Distribution and causation of leprosy in British India
Year: 1875
Disease focus: Leprosy
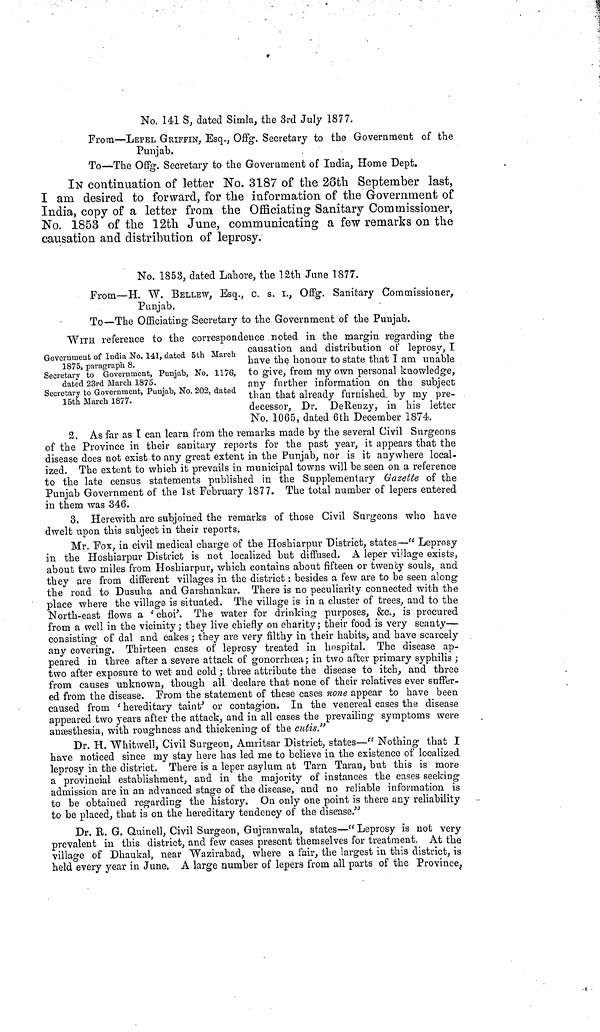
No. 141 S, dated Simla, the 3rd July 1877.
From—LEPEL GRIFFIN, Esq., Offg. Secretary to the Government of the
Punjab.
To—The Offg. Secretary to the Government of India, Home Dept.
IN continuation of letter No. 3187 of the 26tli September last,
I am desired to forward, for the information of the Government of
India, copy of a letter from the Officiating Sanitary Commissioner,
No. 1853 of the 12th June, communicating a few remarks on the
causation and distribution of leprosy.
No. 1853, dated Lahore, the 12th June 1877.
From—H. W. BELLEW, Esq., c. s. i., Offg. Sanitary Commissioner,
Punjab.
To—The Officiating Secretary to the Government of the Punjab.
Government of India No. 141, dated 5th March
1875, paragraph 8.
Secretary to Government, Punjab, No. 1176,
dated 23rd March 1875.
Secretary to Government, Punjab, No. 202, dated
15th March 1877.
WITH reference to the correspondence noted in the margin regarding· the
causation and distribution or leprosy, I
have the honour to state that I am unable
to give, from my own personal knowledge,
any further information on the subject
than that already furnished, by my pre-
decessor, Dr. DeRenzy, in his letter
No. 1065, dated 6th December 1874.
2. Asfar as I can learn from the remarks made by the several Civil Surgeons
of the Province in their sanitary reports for the past year, it appears that the
disease does not exist to any great extent in the Punjab, nor is it anywhere local-
ized. The extent to which it prevails in municipal towns will be seen on a reference
to the late census statements published in the Supplementary Gazette of the
Punjab Government of the 1st February 1877. The total number of lepers entered
in them was 346.
3. Herewith are subjoined the remarks of those Civil Surgeons who have
dwelt upon this subject in their reports.
Mr. Fox, in civil medical charge of the Hoshiarpur District, states—" Leprosy
in the Hoshiarpuv District is not localized but diffused. A leper village exists,
about two miles from Hoshiarpur, which contains about fifteen or twenty souls, and
they are from different villages in the district : besides a few are to be seen along
the road to Dusuha and Garshankar. There is no peculiarity connected with the
place where the village is situated. The village is in a cluster of trees, and to the
North-east flows a { chor*. The water for drinking 1 purposes, &c., is procured
from a well in the vicinity ; they live chiefly on charity j their food is very scanty—
consisting of dal and cakes ; they are very filthy in their habits, and have scarcely
any covering. Thirteen cases of leprosy treated in hospital. The disease ap-
peared in three after a severe attack of gonorrhoea ; in two after primary syphilis ;
two after exposure to wet and cold ; three attribute the disease to itch, and three
from causes unknown, though all declare that none of their relatives ever suffer-
ed from the disease. From the statement of these cases none appear to have been
caused from ( hereditary taint' or contagion. In the venereal cases the disease
appeared two years after the attack, and in all cases the prevailing symptoms were
anaesthesia, with roughness and thickening of the cutis"
Dr. H. Whitwell, Civil Surgeon, Amritsar District, states—" Nothing that I
have noticed since nay stay here has led me to believe in the existence of localized
leprosy in the district. There is a leper asylum at Tarn Taran, but this is more
a provincial establishment, and in the majority of instances the cases seeking
admission are in an advanced stage of the disease, and no reliable information is
to be obtained regarding the history. On only one point is there any reliability
to be placed, that is on the hereditary tendency of the disease."
Dr. B. G. Quinell, Civil Surgeon, Gujranwala, states—"Leprosy is not very
prevalent in this district, and few cases present themselves for treatment. At the
village of Dhaukal, near "Wazirabad, where a fair, the largest in this district, is
held every year in June. A large number of lepers from all parts of the Province,